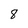
Character: 8